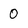
Character: 0